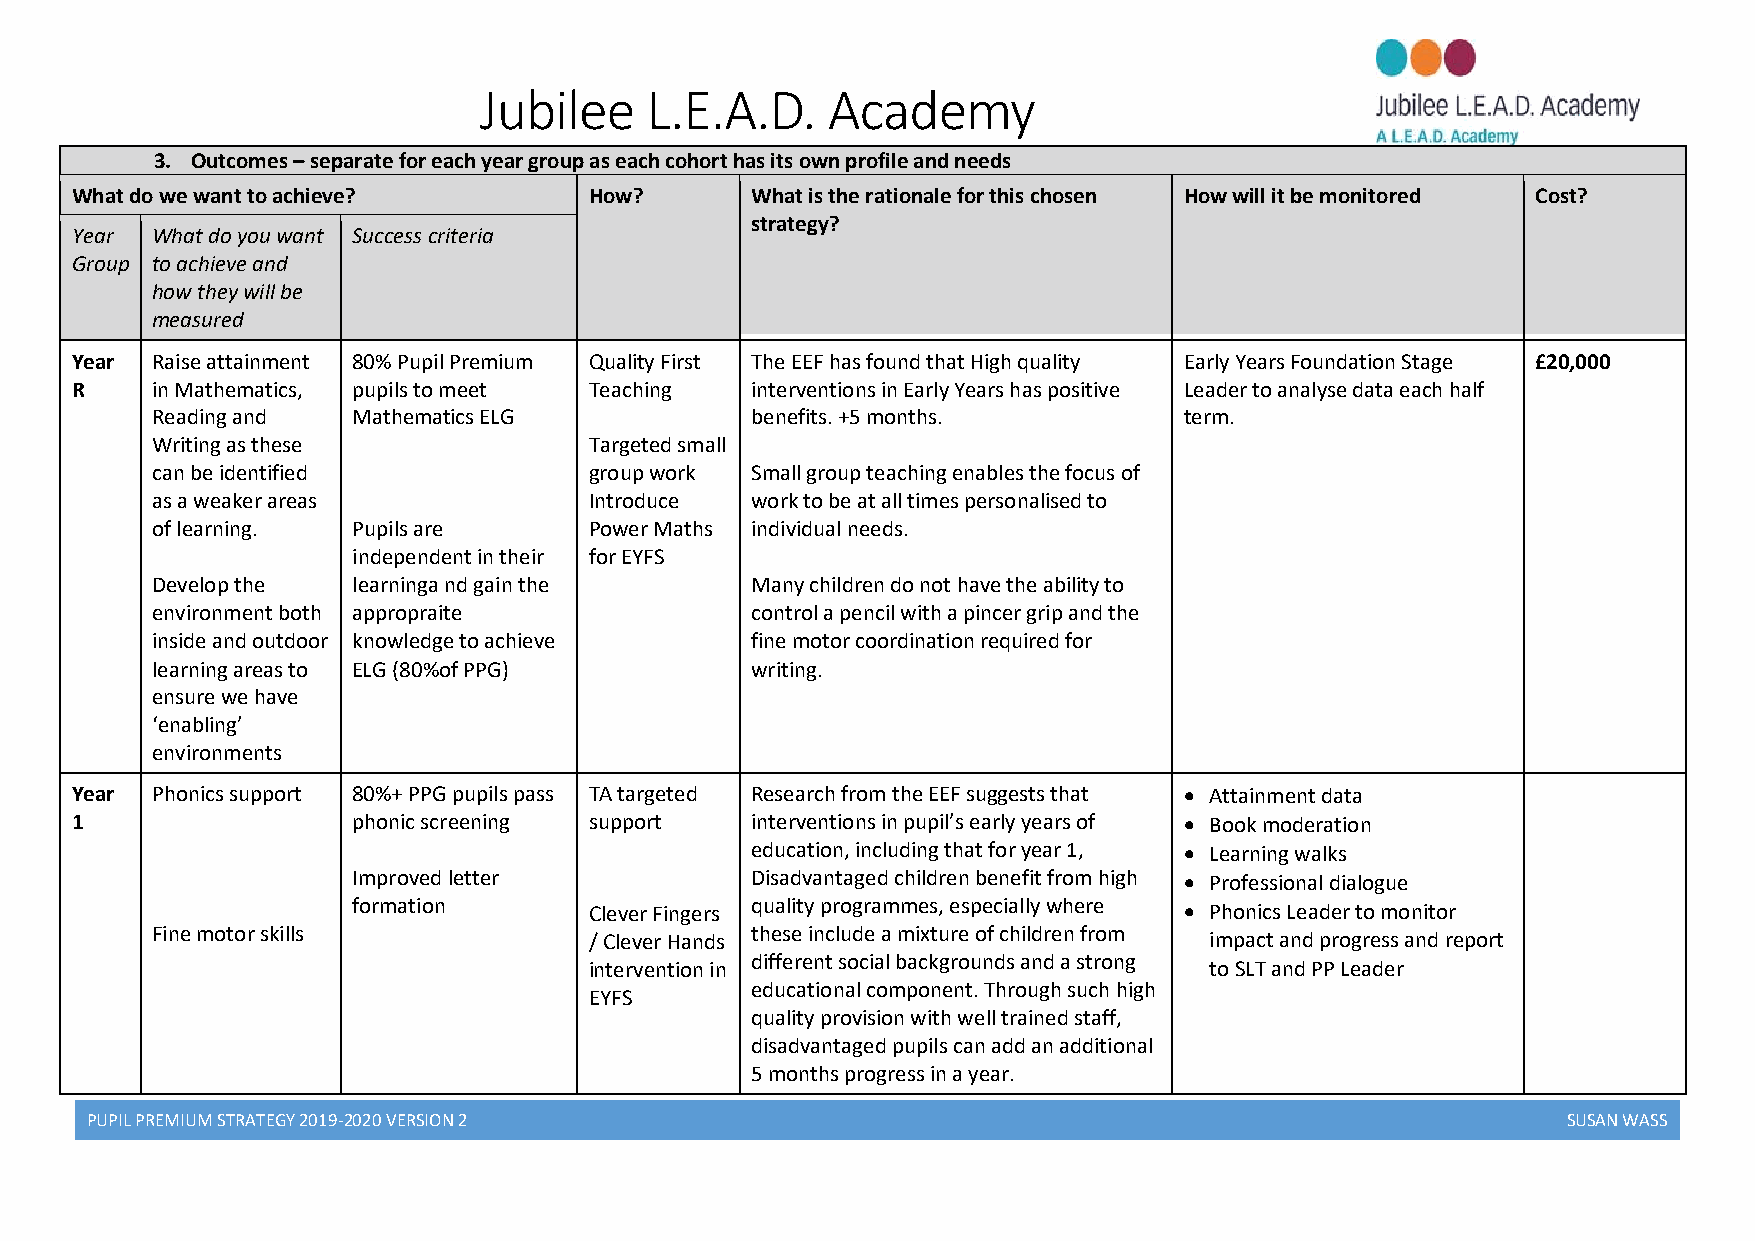
Jubilee    L.E.A.D.    Academy
 3. Outcomes – separate for each year group as each cohort has its own profile and needs
 What do we want to achieve?       How?       What is the rationale for this chosen How will it be monitored Cost?
 strategy?
 Year What do you want Success criteria
 Group to achieve and
 how they will be
 measured
 Year Raise attainment 80% Pupil Premium Quality First The EEF has found that High quality Early Years Foundation Stage £20,000
 R    in Mathematics, pupils to meet Teaching interventions in Early Years has positive Leader to analyse data each half
 Reading and  Mathematics ELG            benefits. +5 months.        term.
 Writing as these             Targeted small
 can be identified            group work Small group teaching enables the focus of
 as a weaker areas            Introduce  work to be at all times personalised to
 of learning. Pupils are      Power Maths individual needs.
 independent in their for EYFS
 Develop the  learninga nd gain the      Many children do not have the ability to
 environment both appropraite            control a pencil with a pincer grip and the
 inside and outdoor knowledge to achieve fine motor coordination required for
 learning areas to ELG (80%of PPG)       writing.
 ensure we have
 ‘enabling’
 environments
 Year Phonics support 80%+ PPG pupils pass TA targeted Research from the EEF suggests that  Attainment data
 1                 phonic screening support   interventions in pupil’s early years of  Book moderation
 education, including that for year 1,  Learning walks
 Improved letter            Disadvantaged children benefit from high  Professional dialogue
 formation       Clever Fingers quality programmes, especially where  Phonics Leader to monitor
 Fine motor skills            / Clever Hands these include a mixture of children from impact and progress and report
 intervention in different social backgrounds and a strong to SLT and PP Leader
 educational component. Through such high
 EYFS
 quality provision with well trained staff,
 disadvantaged pupils can add an additional
 5 months progress in a year.
 PUPIL PREMIUM STRATEGY 2019-2020 VERSION 2                                                        SUSAN WASS